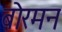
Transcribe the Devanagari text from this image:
बोरमन